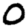
Digit: 0